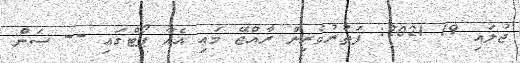
ޖުލައި 19 2021: ފަތުރުވެރިން ރާއްޖޭ މައި އެއާ ޕޯޓްގައި -- ސަން